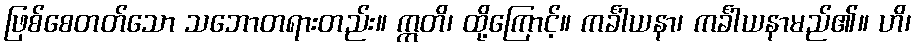
ဖြစ်စေတတ်သော သဘောတရားတည်း။ ဣတိ၊ ထို့ကြောင့်။ ကင်္ခါယနာ၊ ကင်္ခါယနာမည်၏။ ဟိ၊